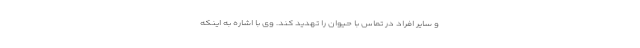
و سایر افراد در تماس با حیوان را تهدید کند. وی با اشاره به اینکه